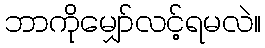
ဘာကိုမျှော်လင့်ရမလဲ။